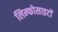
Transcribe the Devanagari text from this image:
लिम्फोसाइटों